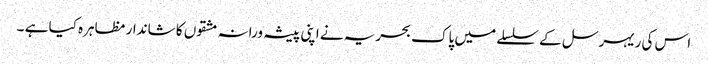
اس کی ریہرسل کے سلسلے میں پاک بحریہ نے اپنی پیشہ ورانہ مشقوں کا شاندار مظاہرہ کیا ہے ۔